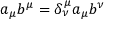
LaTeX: a _ { \mu } b ^ { \mu } = \delta _ { \nu } ^ { \mu } a _ { \mu } b ^ { \nu }